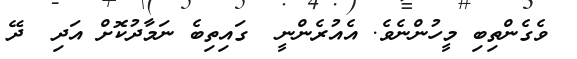
ވެގެންތިބި މީހުންނެވެ. އެއުރެންނީ  ގައިތިބެ ނަމާދުކޮށް އަދި  ދޭ